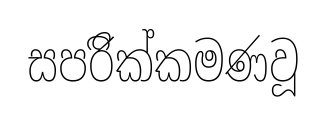
සපරිික්කමණවූ